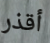
أقذر